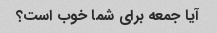
آیا جمعه برای شما خوب است؟